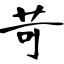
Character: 苛